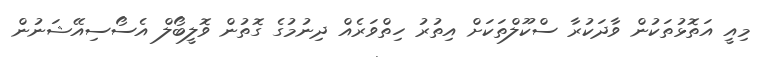
މިއީ އަތޮޅުތަކުން ވާދަކުރާ ސްކޫލްތަކަށް އިތުރު ހިތްވަރެއް ދިނުމުގެ ގޮތުން ވޮލީބޯލް އެސޯސިއޭޝަނުން